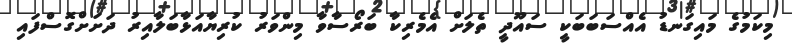
މިކަމުގެ މައިގަނޑު އެއްސަބަބަކީ ސައޫދީ ތެލަށް އެމެރިކާ ބަރޯސާވާ މިންވަރު ކުރިޔާއަޅާބަލާއިރު ދަށަށްގޮސްފައި